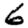
Digit: 6